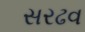
સરઢવ